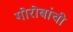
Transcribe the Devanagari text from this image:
गोरोबांची